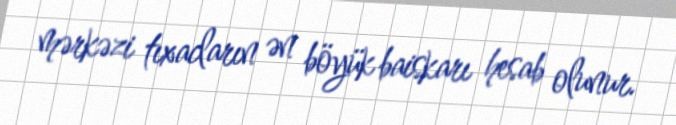
mərkəzi tıxacların ən böyük baiskarı hesab olunur.